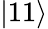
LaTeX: |11\rangle